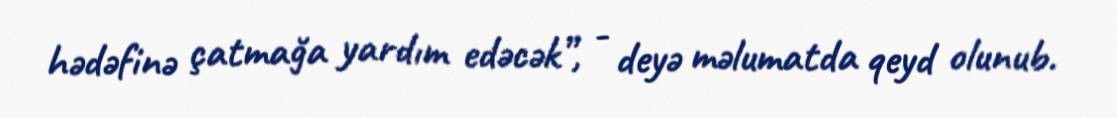
hədəfinə çatmağa yardım edəcək”, - deyə məlumatda qeyd olunub.